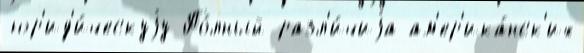
юр'ид'и́ческуjу По́лный разл'и́чиjа ам'ер'ика́нск'их